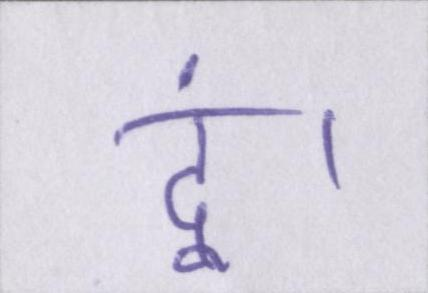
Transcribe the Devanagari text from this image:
दूं।